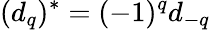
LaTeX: (d_{q})^{*}=(-1)^{q}d_{-q}